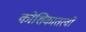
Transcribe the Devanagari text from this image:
कोशिकातत्वों